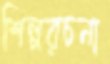
শিল্পরচনা